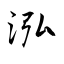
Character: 泓